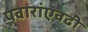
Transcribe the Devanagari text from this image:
पवारांएवढी